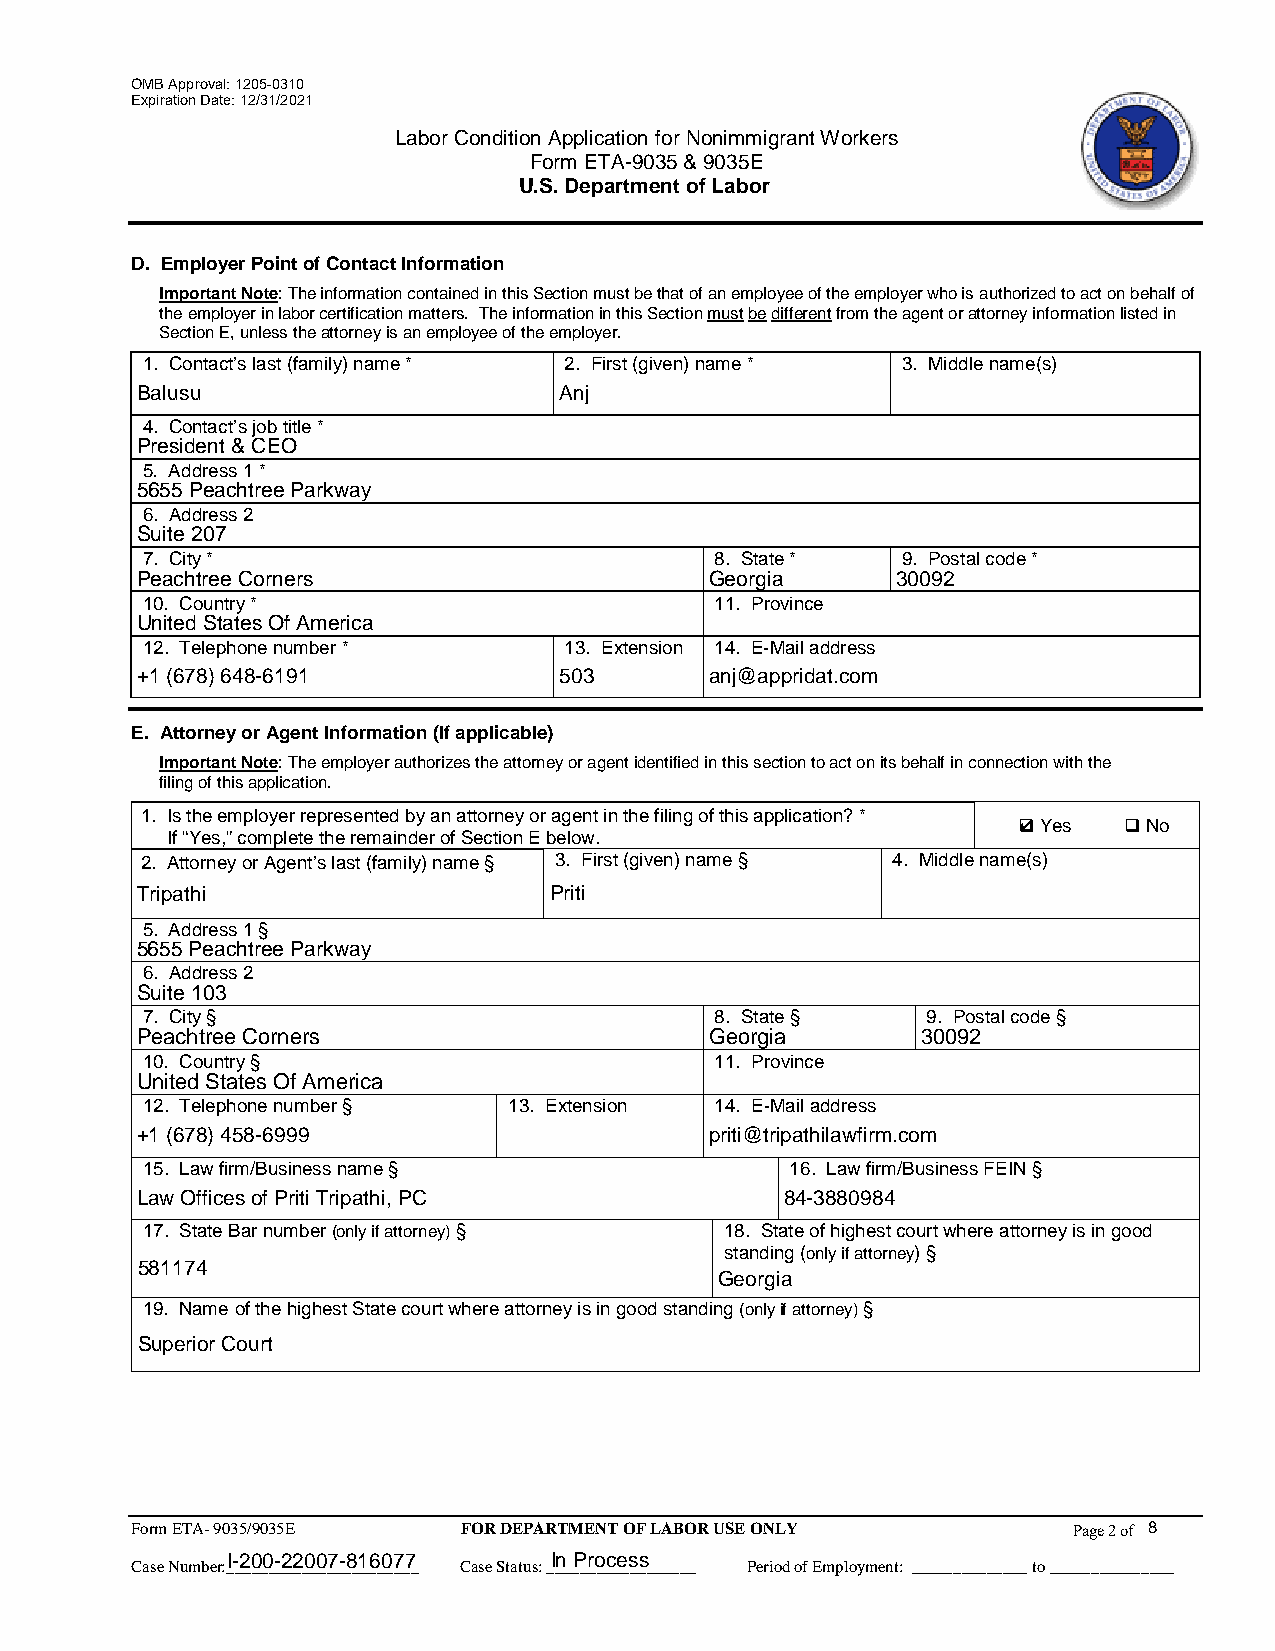
OMB Approval: 1205-0310
 Expiration Date: 12/31/2021
 Labor Condition Application for Nonimmigrant Workers
 Form ETA-9035 & 9035E
 U.S. Department of Labor
 D. Employer Point of Contact Information
 Important Note: The information contained in this Section must be that of an employee of the employer who is authorized to act on behalf of
 the employer in labor certification matters. The information in this Section must be different from the agent or attorney information listed in
 Section E, unless the attorney is an employee of the employer.
 1. Contact’s last (family) name * 2. First (given) name * 3. Middle name(s)
 Balusu                      Anj
 4. Contact’s job title *
 President & CEO
 5. Address 1 *
 5655 Peachtree Parkway
 6. Address 2
 Suite 207
 7. City *                             8. State *   9. Postal code *
 Peachtree Corners                     Georgia     30092
 10. Country *                         11. Province
 United States Of America
 12. Telephone number *      13. Extension 14. E-Mail address
 +1 (678) 648-6191           503       anj@appridat.com
 E. Attorney or Agent Information (If applicable)
 Important Note: The employer authorizes the attorney or agent identified in this section to act on its behalf in connection with the
 filing of this application.
 1. Is the employer represented by an attorney or agent in the filing of this application? *
 4 Yes No
 If “Yes,” complete the remainder of Section E below.
 2. Attorney or Agent’s last (family) name § 3. First (given) name § 4. Middle name(s)
 Tripathi                   Priti
 5. Address 1 §
 5655 Peachtree Parkway
 6. Address 2
 Suite 103
 7. City §                             8. State §    9. Postal code §
 Peachtree Corners                     Georgia       30092
 10. Country §                         11. Province
 United States Of America
 12. Telephone number §   13. Extension 14. E-Mail address
 +1 (678) 458-6999                     priti@tripathilawfirm.com
 15. Law firm/Business name §               16. Law firm/Business FEIN §
 Law Offices of Priti Tripathi, PC          84-3880984
 17. State Bar number (only if attorney) § 18. State of highest court where attorney is in good
 standing (only if attorney) §
 581174
 Georgia
 19. Name of the highest State court where attorney is in good standing (only if attorney) §
 Superior Court
 Form ETA- 9035/9035E FOR DEPARTMENT OF LABOR USE ONLY         Page 2 of 8
 I-200-22007-816077   In Process
 Case Number:_______________________ Case Status: __________________ Period of Employment: ______________ to _______________